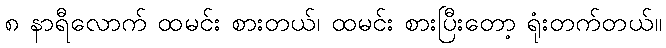
၈ နာရီလောက် ထမင်း စားတယ်၊ ထမင်း စားပြီးတော့ ရုံးတက်တယ်။